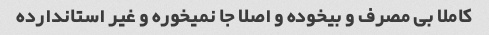
کاملا بی مصرف و بیخوده و اصلا جا نمیخوره و غیر استاندارده